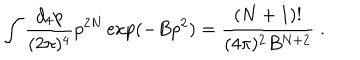
\int \frac { d _ { 4 } p } { ( 2 \pi ) ^ { 4 } } p ^ { 2 N } \exp ( - B p ^ { 2 } ) = \frac { ( N + 1 ) ! } { ( 4 \pi ) ^ { 2 } B ^ { N + 2 } } \; .